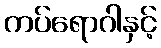
ကပ်ရောဂါနှင့်